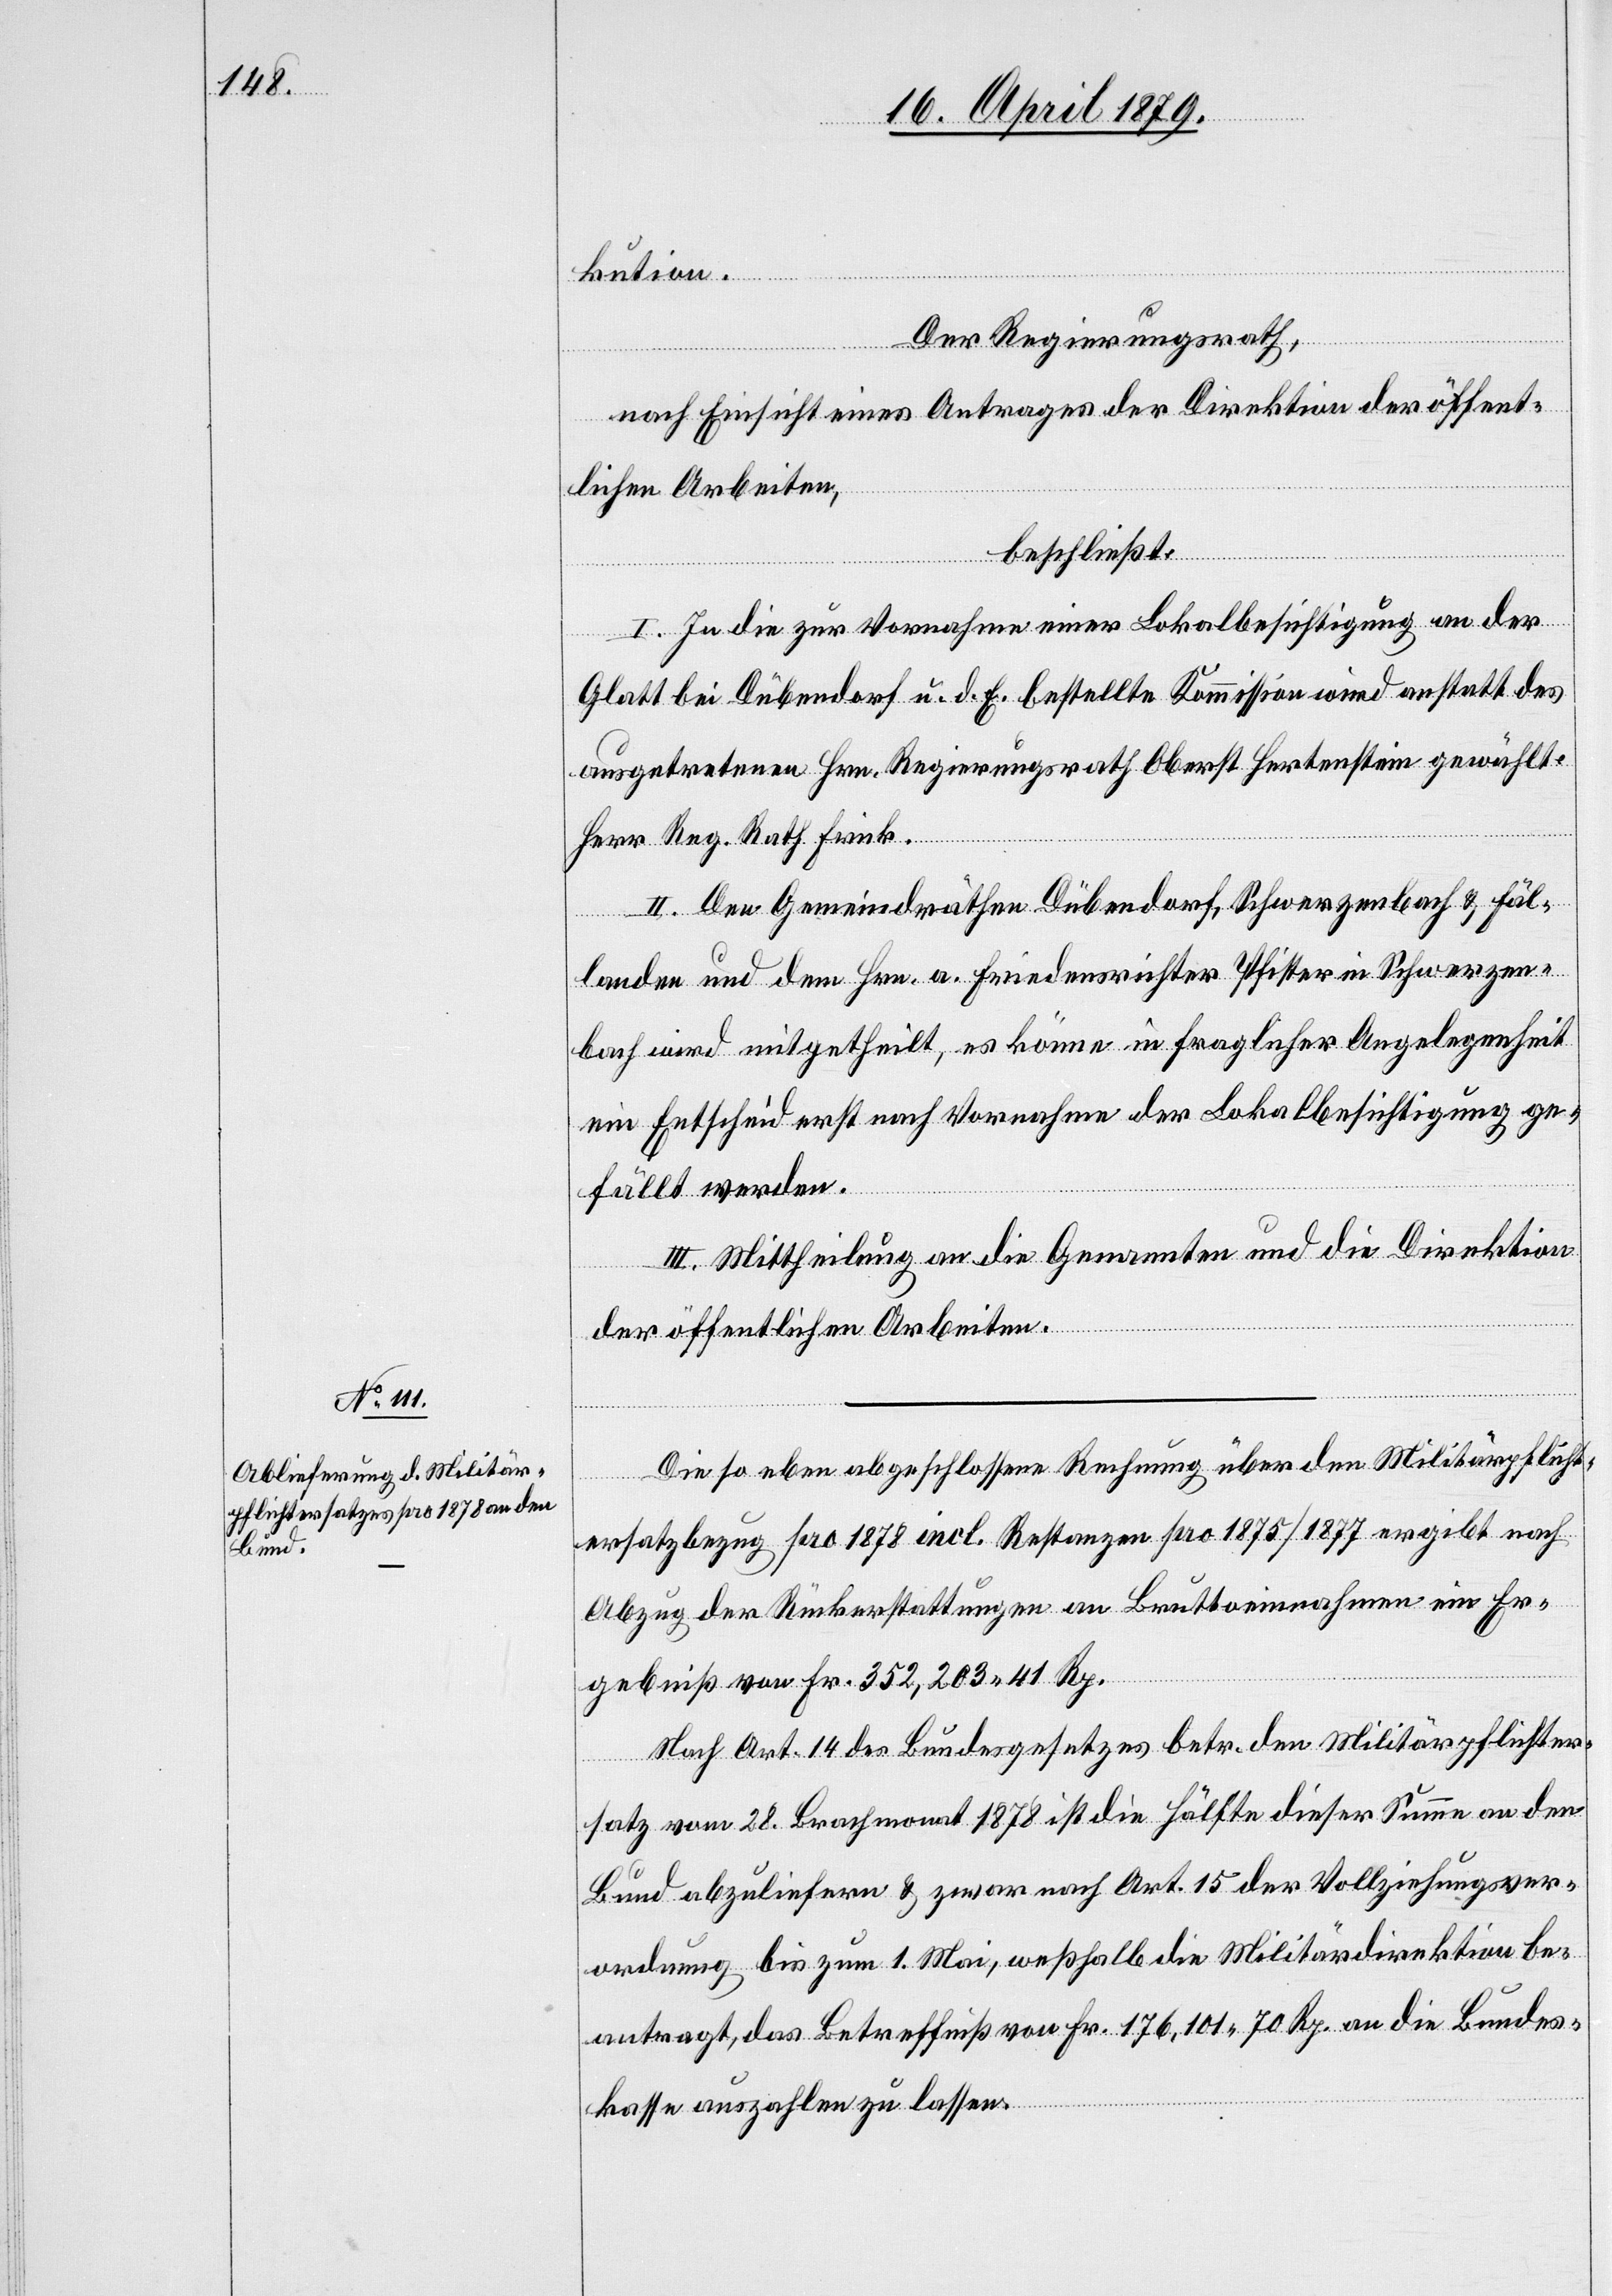
kution.
Der Regierungsrath,
nach Einsicht eines Antrages der Direktion der öffent¬
lichen Arbeiten,
beschließt:
I. In die zur Vornahme einer Lokalbesichtigung an der
Glatt bei Dübendorf u. d. E. bestellte Kommission wird anstatt des
ausgetretenen Hrn. Regierungsrath Oberst Hertenstein gewählt:
Herr Reg. Rath Frick.
II. Den Gemeindräthen Dübendorf, Schwerzenbach & Fäl¬
landen und dem Hrn. a. Friedensrichter Pfister in Schwerzen¬
bach wird mitgetheilt, es könne in fraglicher Angelegenheit
ein Entscheid erst nach Vornahme der Lokalbesichtigung ge¬
fällt werden.
III. Mittheilung an die Genannten und die Direktion
der öffentlichen Arbeiten.
Die so eben abgeschlossene Rechnung über den Militärpflicht¬
ersatzbezug pro 1878 incl. Restanzen pro 1875/1877 ergibt nach
Abzug der Rückerstattungen an Bruttoeinnahmen ein Er¬
gebniß von Fr. 352,203 41 Rp.
Nach Art. 14 des Bundesgesetzes betr. den Militärpflichter¬
satz vom 28. Brachmonat 1878 ist die Hälfte dieser Summe an den
Bund abzuliefern & zwar nach Art. 15 der Vollziehungsver¬
ordnung bis zum 1. Mai, weßhalb die Militärdirektion be¬
antragt, das Betreffniß von Fr. 176,101 70 Rp. an die Bundes¬
kasse auszahlen zu lassen.